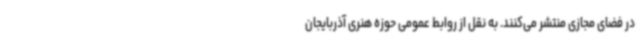
در فضای مجازی منتشر می‌کنند. به نقل از روابط عمومی حوزه هنری آذربایجان